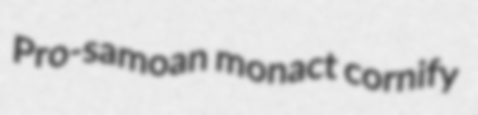
Pro-samoan monact cornify